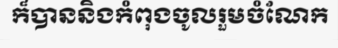
ក៏បាននិងកំពុងចូលរួមចំណែក